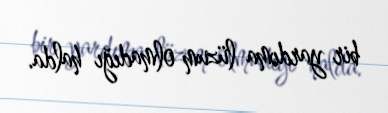
bir yardıma lüzum olmadığı halda.